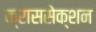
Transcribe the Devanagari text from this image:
क्राससेक्शन